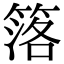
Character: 𥯛